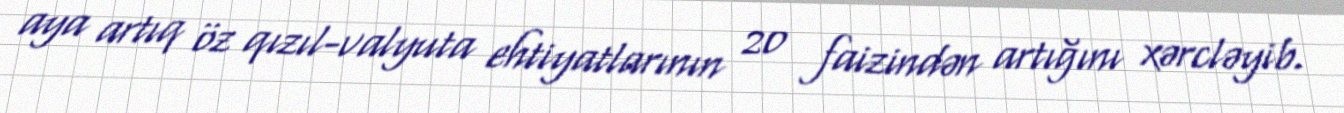
aya artıq öz qızıl-valyuta ehtiyatlarının 20 faizindən artığını xərcləyib.